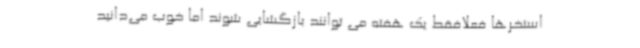
استخرها فعلافقط یک هفته می توانند بازگشایی ‌شوند اما خوب می‌دانید